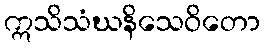
ဣသိသံဃနိသေဝိတော